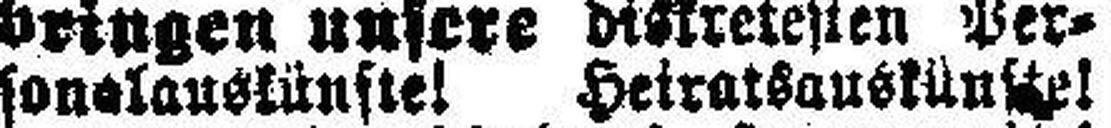
sonalauskünfte! Heiratsauskünfte!